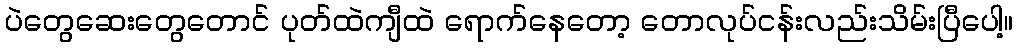
ပဲတွေဆေးတွေတောင် ပုတ်ထဲကျီထဲ ရောက်နေတော့ တောလုပ်ငန်းလည်းသိမ်းပြီပေါ့။